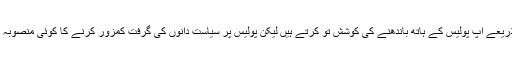
اب پولیس ریفارمز کے ذریعے آپ پولیس کے ہاتھ باندھنے کی کوشش تو کرتے ہیں لیکن پولیس پر سیاست دانوں کی گرفت کمزور کرنے کا کوئی منصوبہ کسی کے پا س نہیں ہے۔